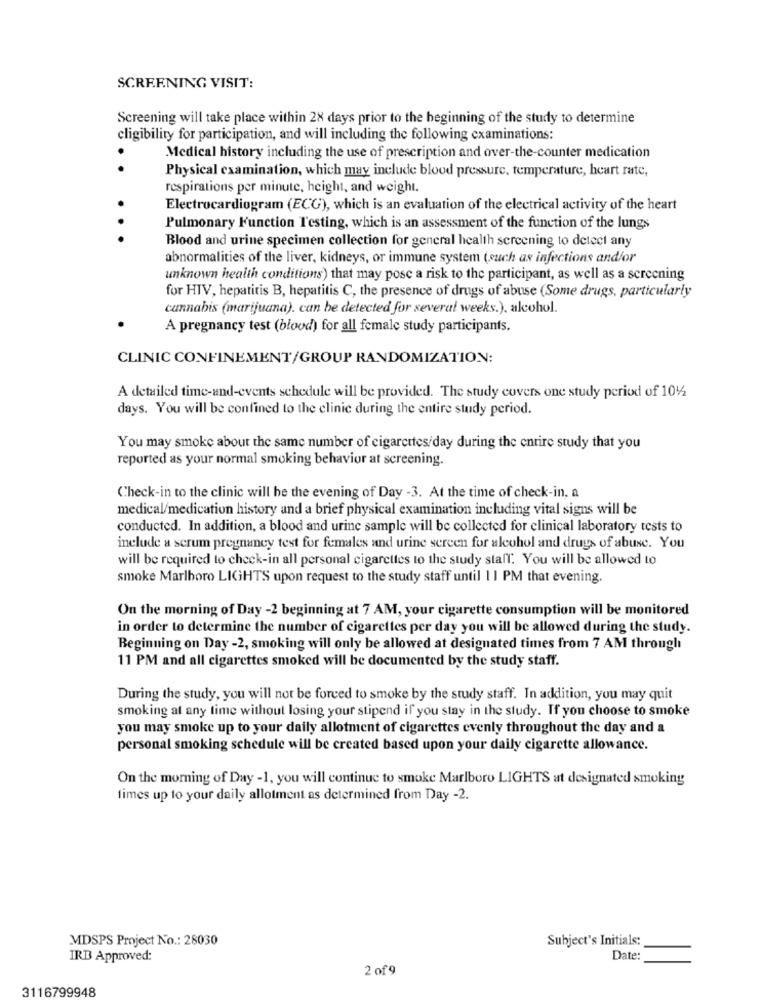
SCREENING VISIT:
Screening will take place within 28 days prior to the beginning of the study to determine
cligibility for participation, and will including the following examinations:
Medical history including the use of prescription and over-the-counter medication
. .
Physical examination, which may include blood pressure, temperature, heart rate,
respirations per minute, height, and weight.
Electrocardiogram (ECG), which is an evaluation of the electrical activity of the heart
Pulmonary Function Testing, which is an assessment of the function of the lungs
. . .
Blood and urine specimen collection for general health screening to detect any
abnormalities of the liver, kidneys, or immune system (such as infections and/or
unknown health conditions) that may pose a risk to the participant, as well as a screening
for HIV, hepatitis B, hepatitis C, the presence of drugs of abuse (Some drugs, particularly
cannabis (marijuana). can be detected for several weeks.), alcohol.
A pregnancy test (blood) for all female study participants.
CLINIC CONFINEMENT/GROUP RANDOMIZATION:
A detailed time-and-events schedule will be provided. The study covers one study period of 104
days. You will be confined to the clinic during the entire study period.
You may smoke about the same number of cigarettes/day during the entire study that you
reported as your normal smoking behavior at screening.
Check-in to the clinic will be the evening of Day -3. At the time of check-in, a
medical/medication history and a brief physical examination including vital signs will be
conducted. In addition, a blood and urine sample will be collected for clinical laboratory tests to
include a serum pregnancy test for females and urine screen for alcohol and drugs of abuse. You
will be required to check-in all personal cigarettes to the study staff. You will be allowed to
smoke Marlboro LIGHTS upon request to the study staff until 1 1 PM that evening.
On the morning of Day -2 beginning at 7 AM, your cigarette consumption will be monitored
in order to determine the number of cigarettes per day you will be allowed during the study.
Beginning on Day -2, smoking will only be allowed at designated times from 7 AM through
11 PM and all cigarettes smoked will be documented by the study staff.
During the study, you will not be forced to smoke by the study staff. In addition, you may quit
smoking at any time without losing your stipend if you stay in the study. If you choose to smoke
you may smoke up to your daily allotment of cigarettes evenly throughout the day and a
personal smoking schedule will be created based upon your daily cigarette allowance.
On the morning of Day -1, you will continue to smoke Marlboro LIGHTS at designated smoking
times up to your daily allotment as determined from Day -2.
MDSPS Project No .: 28030
Subject's Initials:
IRD Approved:
Date:
2 of 9
3116799948